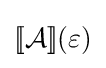
[\![{\mathcal {A}}]\!](\varepsilon )